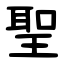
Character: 聖